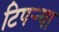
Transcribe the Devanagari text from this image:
टिपर्‍या